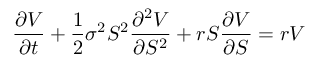
{ \frac { \partial V } { \partial t } } + { \frac { 1 } { 2 } } \sigma ^ { 2 } S ^ { 2 } { \frac { \partial ^ { 2 } V } { \partial S ^ { 2 } } } + r S { \frac { \partial V } { \partial S } } = r V